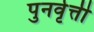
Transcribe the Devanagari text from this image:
पुनर्वृत्ती